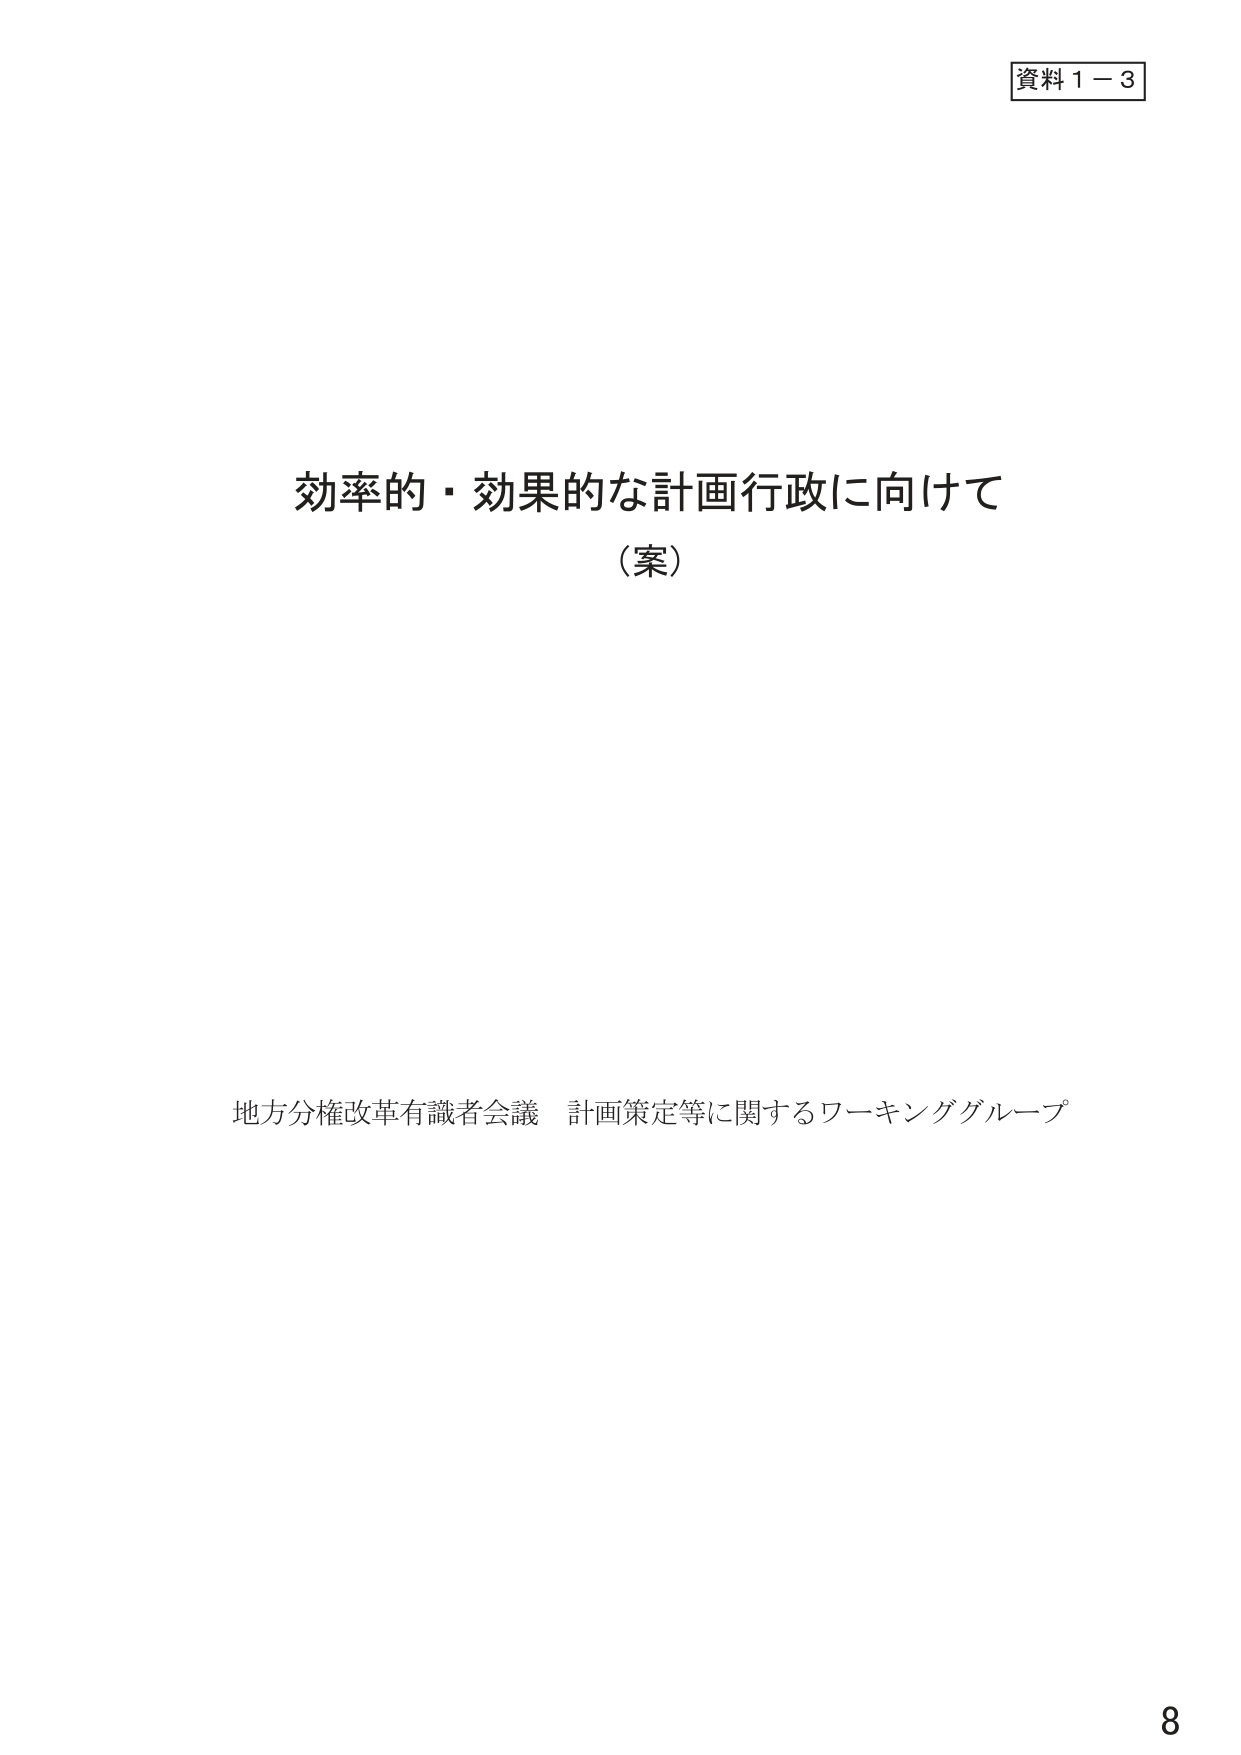
資料１－３

効率的・効果的な計画行政に向けて
（案）

地方分権改革有識者会議 計画策定等に関するワーキンググループ

8